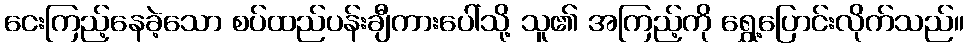
ငေးကြည့်နေခဲ့သော စပ်ထည်ပန်းချီကားပေါ်သို့ သူ၏ အကြည့်ကို ရွှေ့ပြောင်းလိုက်သည်။